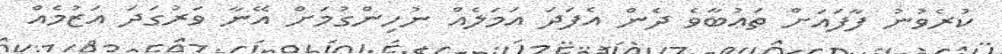
ކުރެވުނު ފާފައަށް ތަޢުބާވެ ދެން އެފަދަ އަމަލެއް ނުހިންގުމަށް އޭނާ ވަރުގަދަ އަޒުމެއް